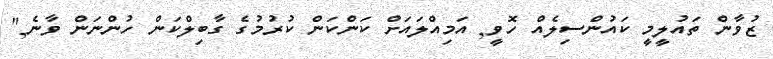
ޒުވާން ތައުލީމީ ކައުންސިލެއް ހޮވީ